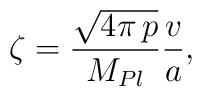
\zeta=\frac{\sqrt{4\pi\, p}}{M_{Pl}}\frac{v}{a},